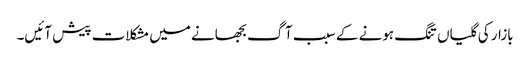
بازار کی گلیاں تنگ ہونے کے سبب آگ بجھانے میں مشکلات پیش آئیں۔